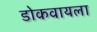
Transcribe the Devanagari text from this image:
डोकवायला